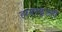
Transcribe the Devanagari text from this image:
हायस्कूलही